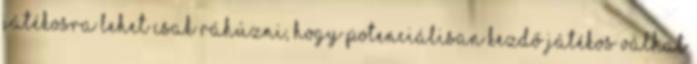
játékosra lehet csak ráhúzni, hogy potenciálisan kezdő játékos válhat